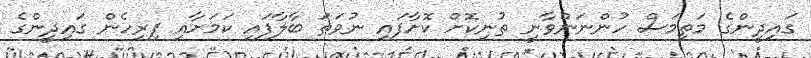
ގައިދީންގެ މަތިމަސް ހުންނަންވާނީ ތުނިކޮށް ކޮށާފައި ނުވަތަ ބާލާފައި ކަމަށާއި ފިރިހެން ގައިދީންގެ